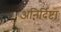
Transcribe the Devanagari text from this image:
अनिर्दिष्टाः